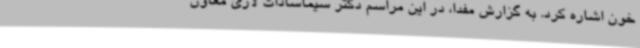
خون اشاره کرد. به گزارش مفدا، در این مراسم دکتر سیماسادات لاری معاون